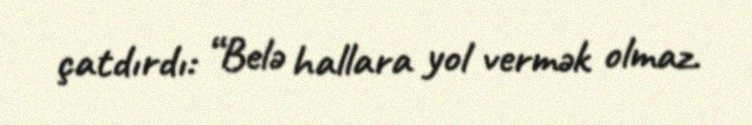
çatdırdı: “Belə hallara yol vermək olmaz.